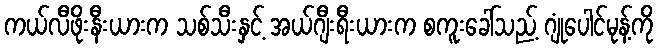
ကယ်လီဖိုးနီးယားက သစ်သီးနှင့် အယ်ဂျီးရီးယားက စကူးခေါ်သည့် ဂျုံပေါင်မုန့်ကို